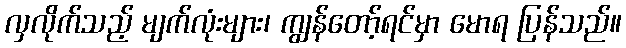
လှလိုက်သည့် မျက်လုံးများ၊ ကျွန်တော့်ရင်မှာ မောရ ပြန်သည်။